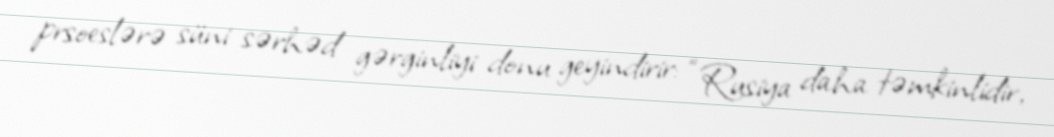
prsoeslərə süni sərhəd gərginliyi donu geyindirir: “Rusiya daha təmkinlidir,